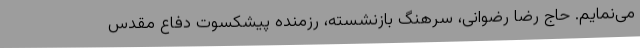
می‌نمایم. حاج رضا رضوانی، سرهنگ بازنشسته، رزمنده پیشکسوت دفاع مقدس